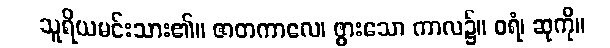
သူရိယမင်းသား၏။ ဇာတကာလေ၊ ဖွားသော ကာလ၌။ ဝရံ၊ ဆုကို။